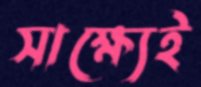
সাক্ষ্যেই